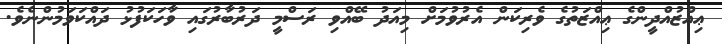
ޢިއްޒުއްދީންގެ ޢިއްޒަތުގެ ވެރިކަން އެރުވުމަށް މިއަދު ބޭއްވި ރަސްމީ ދަރުބާރުގައި ވާހަކަފުޅު ދައްކަވަމުންނެވެ.